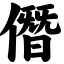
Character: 僭